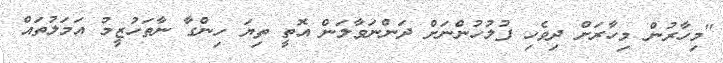
"މިހާރުން މިހާރަށް ދިވެހި ފުލުހުންނަށް ދަންނަވާލަން އޮތީ ތިޔަ ހިންގާ ނާތަހުޒީމު އަމަލުތައް